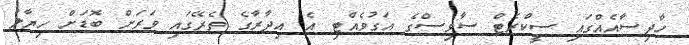
ހާދިސާއެއްގައި ސީކްރެޓް ސާވިސްގެ އަގުވެއްޓި އެ އިދާރާގެ ތެރޭގައި ވަރަށް ބޮޑަށް ހިޔާލު